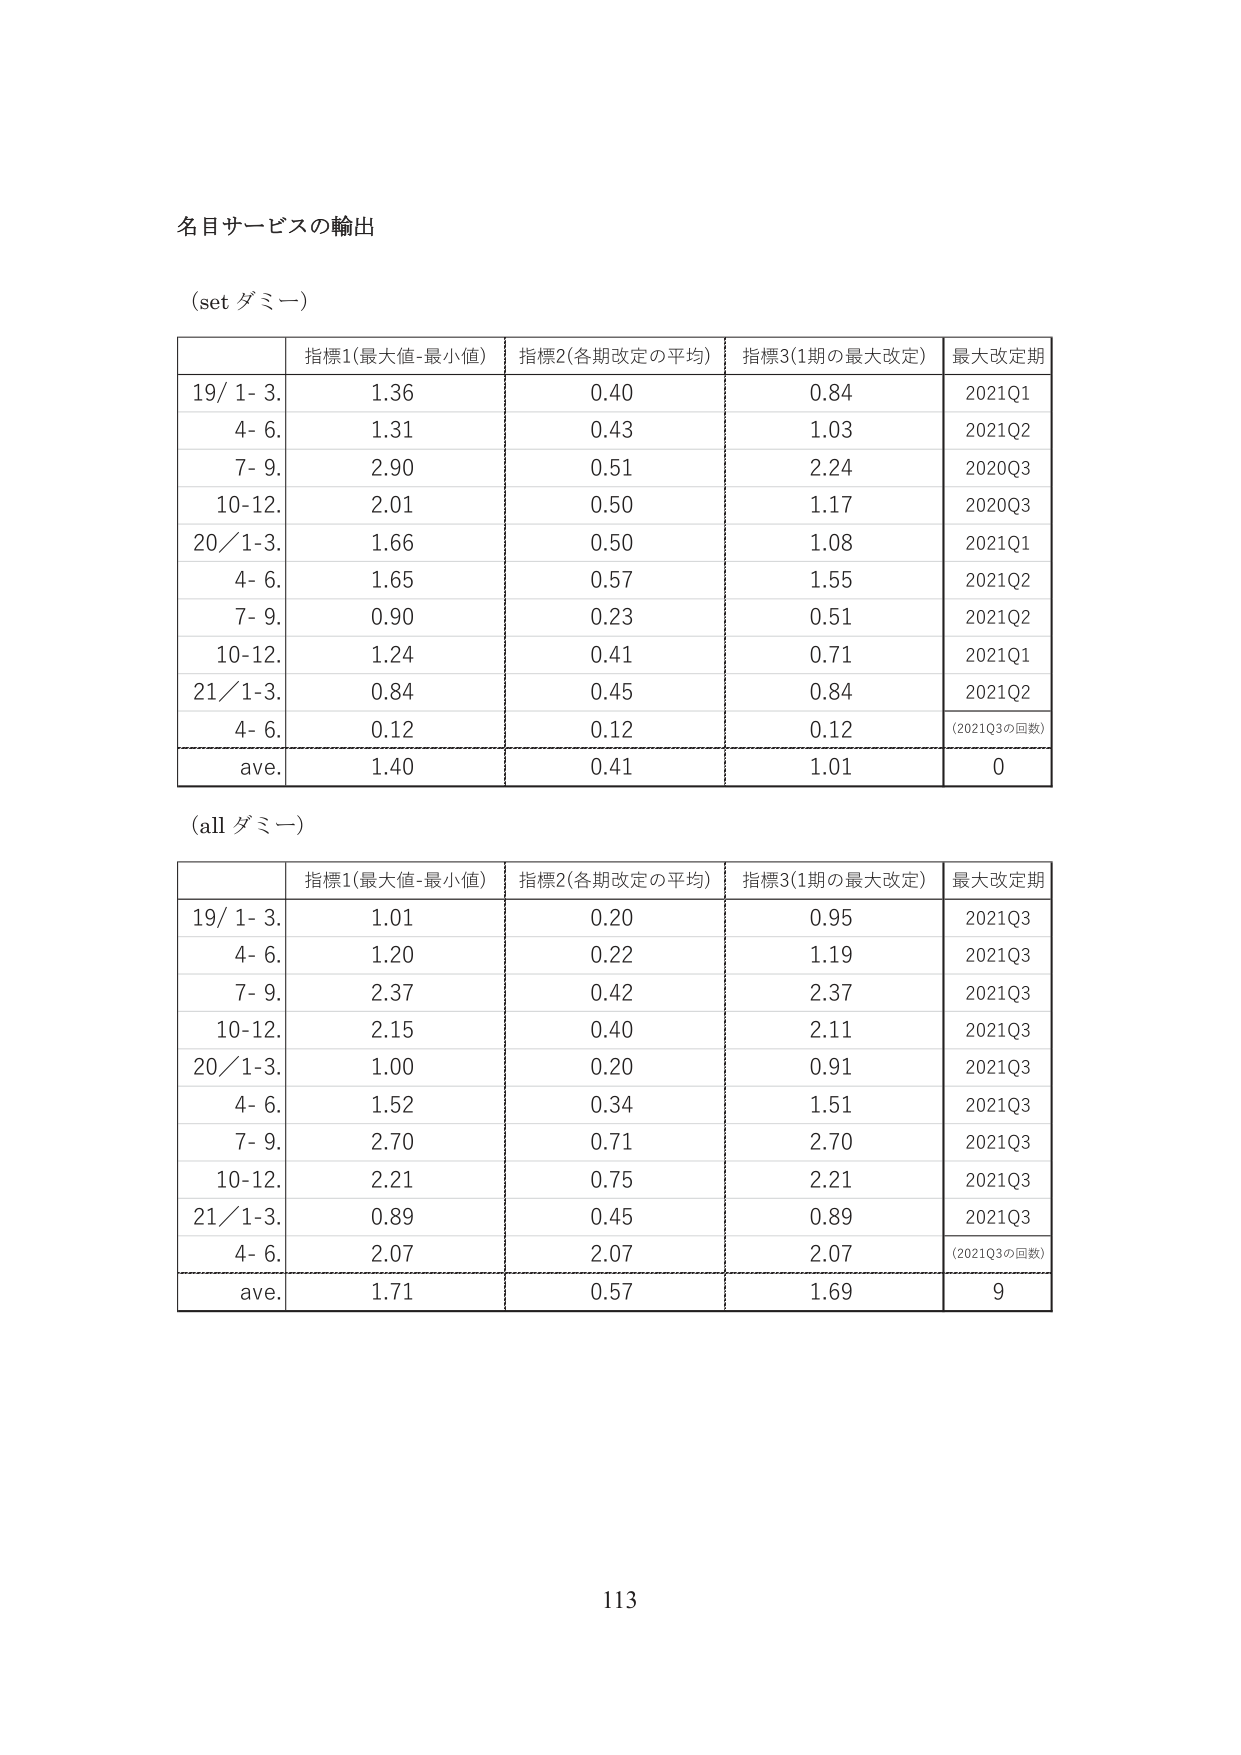
名目サービスの輸出

(set ダミー)

| | 指標1(最大値-最小値) | 指標2(各期改定の平均) | 指標3(1期の最大改定) | 最大改定期 |
|---|---|---|---|---|
| 19/ 1- 3. | 1.36 | 0.40 | 0.84 | 2021Q1 |
| 4- 6. | 1.31 | 0.43 | 1.03 | 2021Q2 |
| 7- 9. | 2.90 | 0.51 | 2.24 | 2020Q3 |
| 10-12. | 2.01 | 0.50 | 1.17 | 2020Q3 |
| 20/ 1-3. | 1.66 | 0.50 | 1.08 | 2021Q1 |
| 4- 6. | 1.65 | 0.57 | 1.55 | 2021Q2 |
| 7- 9. | 0.90 | 0.23 | 0.51 | 2021Q2 |
| 10-12. | 1.24 | 0.41 | 0.71 | 2021Q1 |
| 21/ 1-3. | 0.84 | 0.45 | 0.84 | 2021Q2 |
| 4- 6. | 0.12 | 0.12 | 0.12 | (2021Q3の回数) |
| ave. | 1.40 | 0.41 | 1.01 | 0 |

(all ダミー)

| | 指標1(最大値-最小値) | 指標2(各期改定の平均) | 指標3(1期の最大改定) | 最大改定期 |
|---|---|---|---|---|
| 19/ 1- 3. | 1.01 | 0.20 | 0.95 | 2021Q3 |
| 4- 6. | 1.20 | 0.22 | 1.19 | 2021Q3 |
| 7- 9. | 2.37 | 0.42 | 2.37 | 2021Q3 |
| 10-12. | 2.15 | 0.40 | 2.11 | 2021Q3 |
| 20/ 1-3. | 1.00 | 0.20 | 0.91 | 2021Q3 |
| 4- 6. | 1.52 | 0.34 | 1.51 | 2021Q3 |
| 7- 9. | 2.70 | 0.71 | 2.70 | 2021Q3 |
| 10-12. | 2.21 | 0.75 | 2.21 | 2021Q3 |
| 21/ 1-3. | 0.89 | 0.45 | 0.89 | 2021Q3 |
| 4- 6. | 2.07 | 2.07 | 2.07 | (2021Q3の回数) |
| ave. | 1.71 | 0.57 | 1.69 | 9 |

113